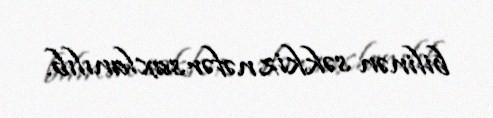
bilinən səkkiz nəfər saxlanılıb.